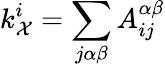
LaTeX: k_{\mathcal{X}}^{i}=\sum_{j\alpha\beta}A_{ij}^{\alpha\beta}